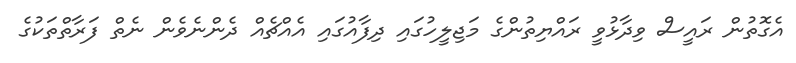
އެގޮތުން ރައީސް ވިދާޅުވީ ރައްޔިތުންގެ މަޖިލީހުގައި ދިފާއުގައި އެއްޗެއް ދެންނެވެން ނެތް ފަރާތްތަކުގެ